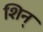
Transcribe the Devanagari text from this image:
शिन्‌